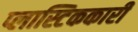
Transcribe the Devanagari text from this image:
प्लास्टिककारी